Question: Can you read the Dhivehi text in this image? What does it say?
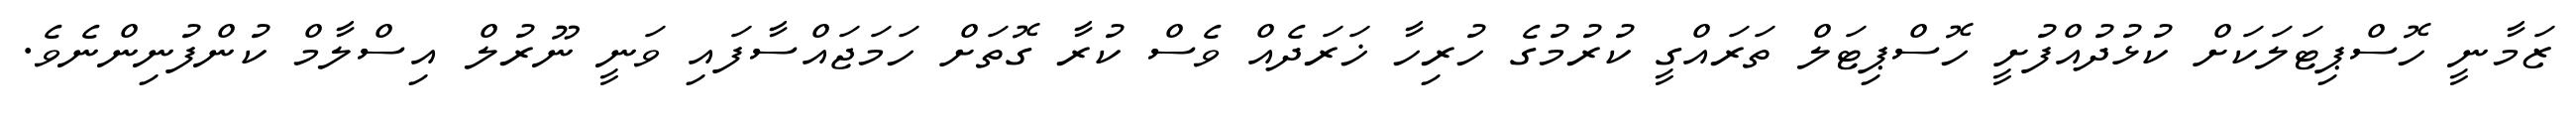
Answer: ޒަމާނީ ހޮސްޕިޓަލަކަށް ކުޅުދުއްފުށީ ހޮސްޕިޓަލް ތަރައްގީ ކުރުމުގެ ހުރިހާ ޚަރަދެއް ވެސް ކުރާ ގޮތަށް ހަމަޖައްސާފައި ވަނީ ނޫރުލް އިސްލާމް ކުންފުނިންނެވެ.